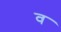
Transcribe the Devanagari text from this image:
व